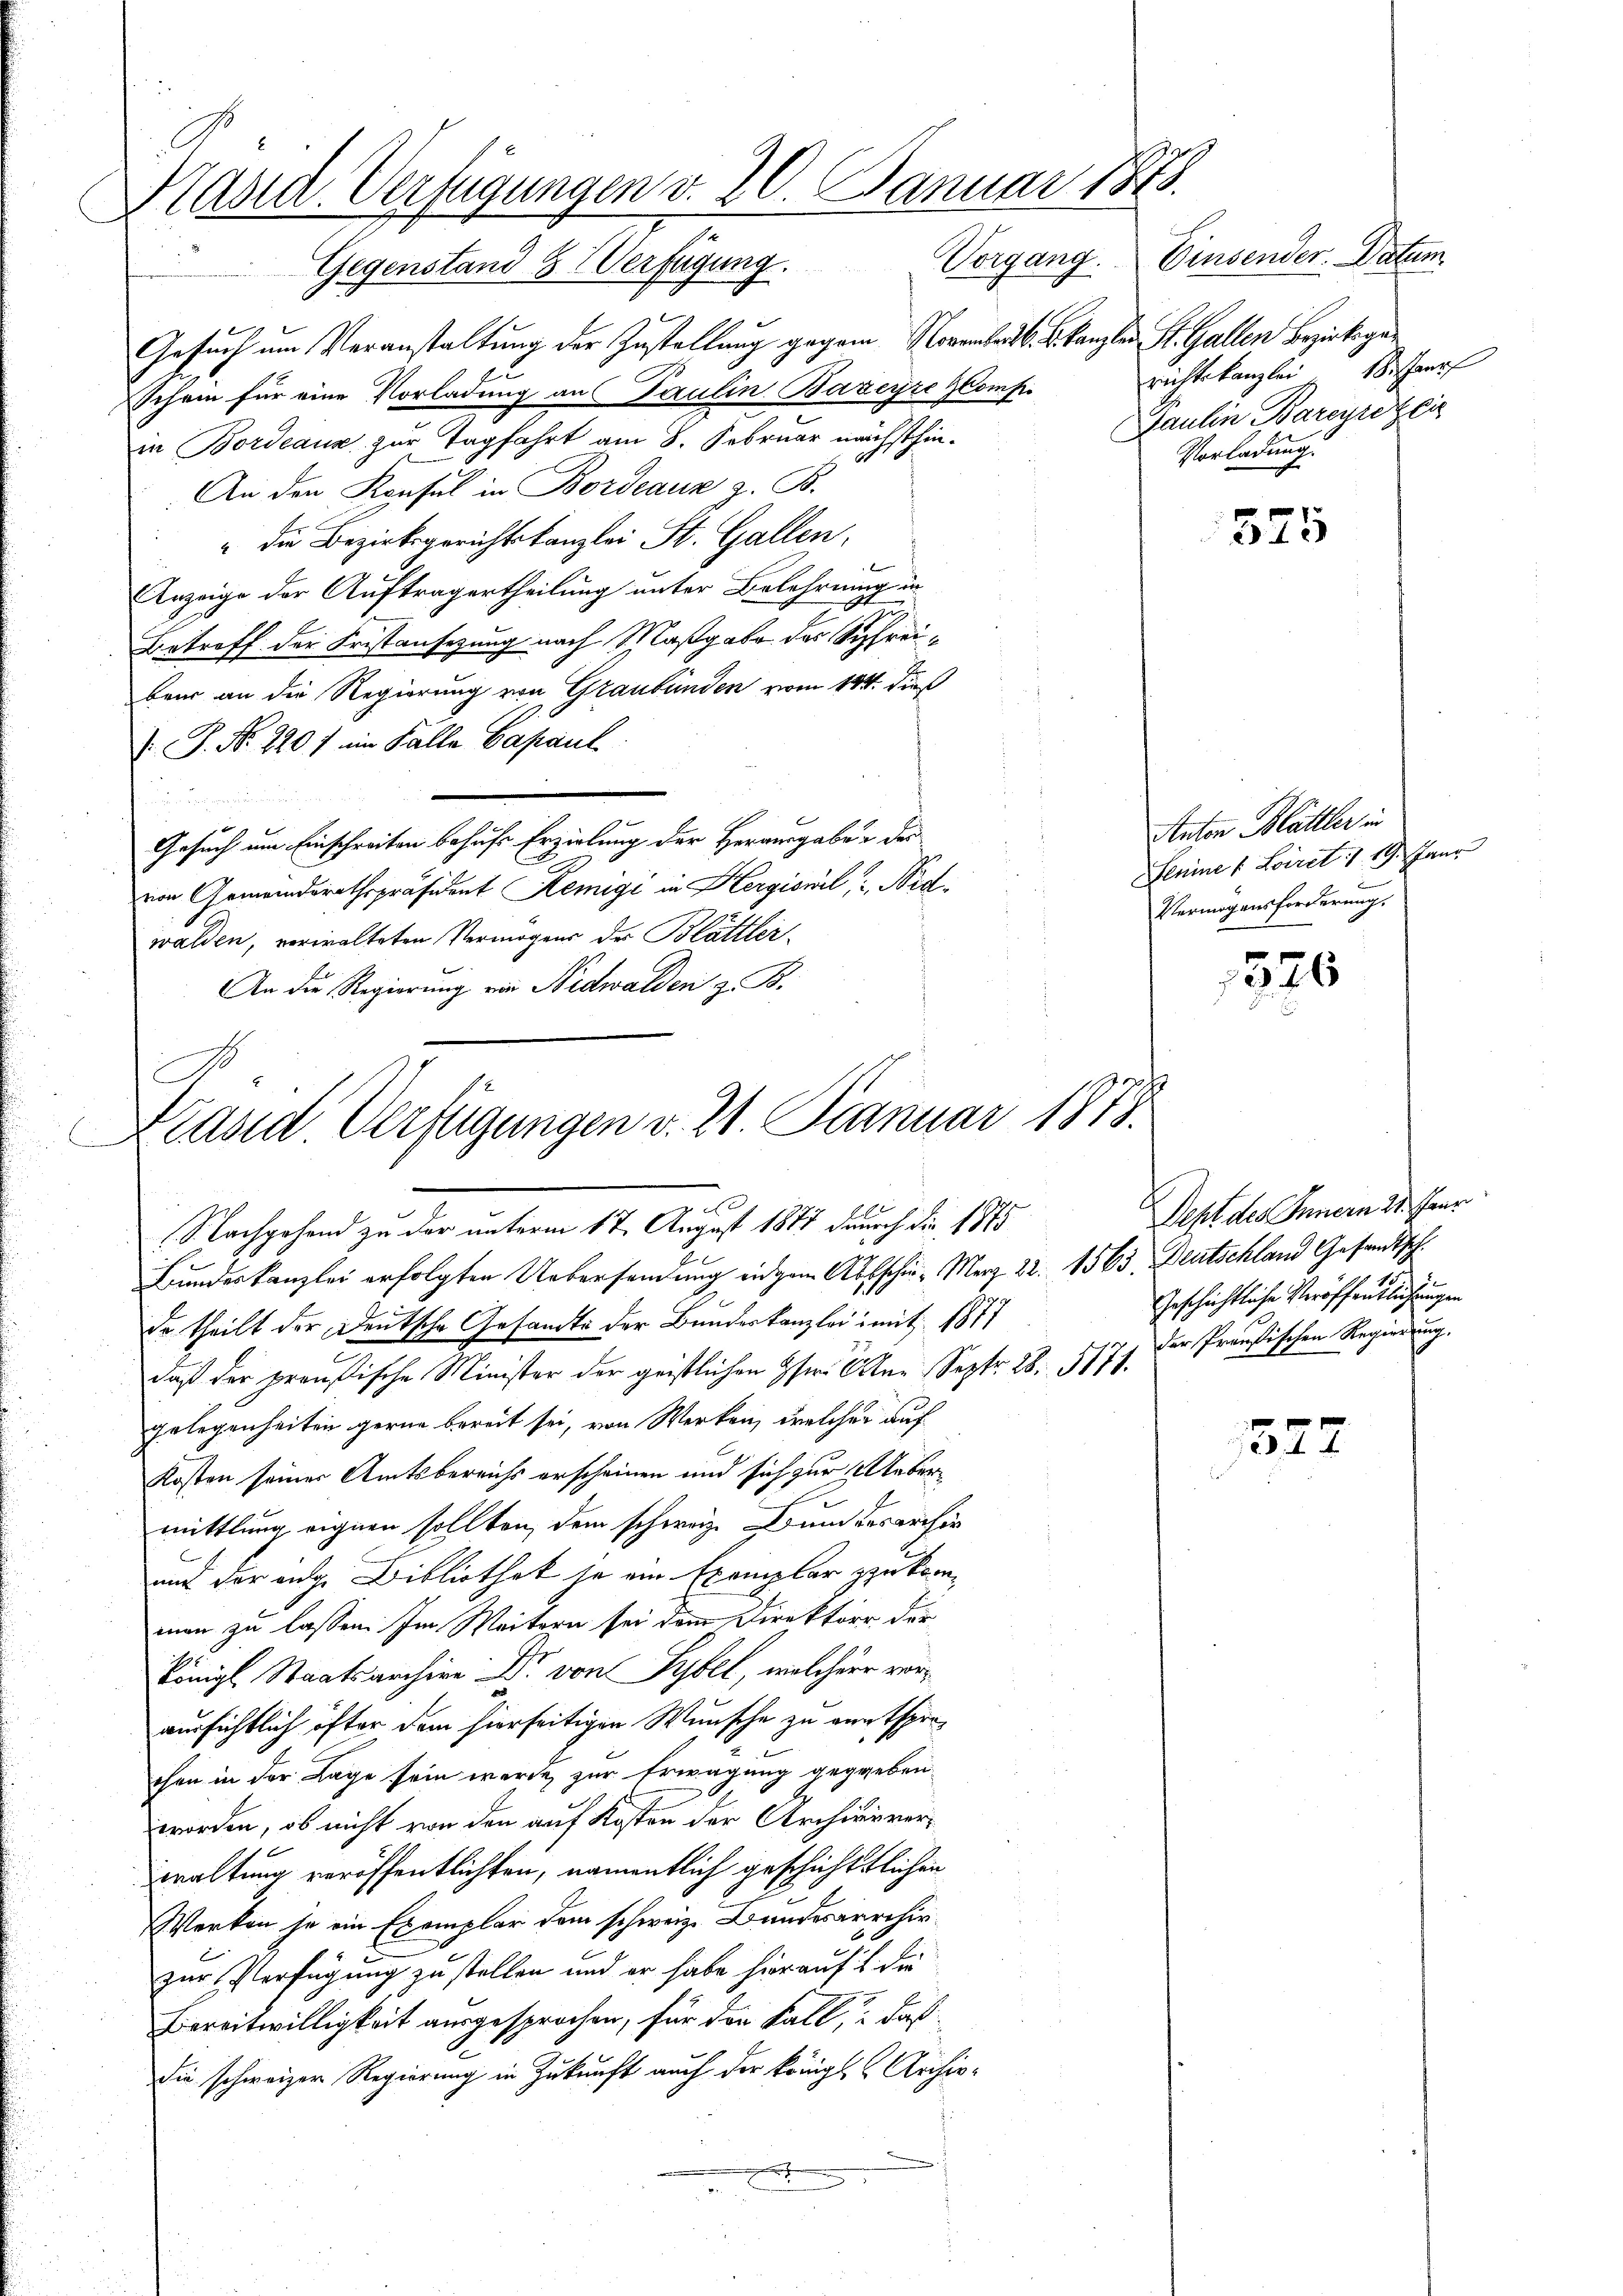
Kasia Verfügungen d. 20. Januar 1878.
Gegenstand & Verfügung. Vorgang.

Gesuch um Veranstaltung der Zustellung gegen od. B. kanzlei St. Gallen Bezirksgeschein für eine Vorladung an Paulin Bazeyre Comp
in Bordeaux, zur Tagfahrt am 8. Februar nächsthin¬
An den Konsul in Bordeauz z. B.
" die Bezirksgerichtskanzlei St. Gallen,
AAnzeige der Auftragertheilung unter Belehrung in
n
Betreff der Fristansezung nach Schlaßgabe des Schreibei an die Regierung von Graubünden vom 184. dieß
.P. Nr. 220 f im Falle Capaul
wagen der vergericht eigens
Gesuch um Einschreiben behufs Erzielung der Herausgabe des
von Gemeinderathspräsident Remigi in Hergiswil, Nidwalden, verwalteten Vermögens der Blättler-
An die Regierung von Nidwalden z. B.

E
Krasd Verfügungen v. 21. Januar 1878.
Nachgehend zu der unterm 17. August 1887 durch die 1875

Einsender. Datum.
richtskanzlei. Si auf
Gaulin Bareyrezei
Vorladung

Bundeskanzlei erfolgten Uebersendung eingem Aufschie-Merz 22. 1565. Deutschland Gesandtsch
de theilt der Deutsche Gesandte der Bundeskanzlei mit 1877
daß der preußische Minister der geistlichen Herr Otten Septr. 28. 5171.
gelegenheiten gerne bereit sei, von Werken, welcher auf
Kosten seiner Amtsbereichs erscheinen und sich zur Uebermittlung eignen sollten, dem schweiz. Bundesarchiv
und der eidge Bibliothek ja ein Exemplar zukomman zu lassen. Im Weitern sei dem Direktor der
Königl. Staatsarchive Dr. von Sybel, welcher veraussichtlich öfter dem hierseitigen Wunsche zu entsprochen in der Lage sein werde zur Erwägung gegeben
worden, ob nicht von den auf Kosten der Archive verwaltung veröffentlichten, namentlich geschichttlichen
Werken je ein Exemplar dem schweiz. Bundesarrchirzur Verfügung zu stellen und er habe hierauf 1. die
Bereitwilligkeit ausgesprochen, für den Fall, daß
die schweizer Regierung in Zukunft auch der königl. Archia¬

525

Anton Mattler in
Jenine u. Loiret: 19. Janr
Vermögensforderung.

526

Dept des Innern 27. Herr
Geschichtliche Veröffentlichungen
der Preußischen Regierung.

522